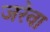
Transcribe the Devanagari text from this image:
जरेवा